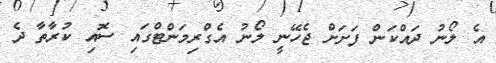
އެ ލޯނު ދައްކަން ފަށަށް ޖެހޭނީ ލޯނު އެގްރިމަންޓްގައި ސޮއި ކުރާތާ ދެ